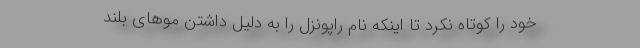
خود را کوتاه نکرد تا اینکه نام راپونزل را به دلیل داشتن مو‌های بلند